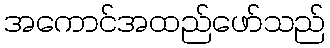
အကောင်အထည်ဖော်သည်